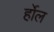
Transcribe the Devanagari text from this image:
र्होल